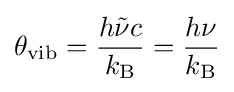
\theta _{\text{vib}}={\frac {h{\tilde {\nu }}c}{k_{\text{B}}}}={\frac {h\nu }{k_{\text{B}}}}